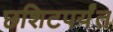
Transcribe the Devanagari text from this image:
छशिटपर्यंत